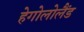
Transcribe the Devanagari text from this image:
हेगोलोलैंड